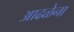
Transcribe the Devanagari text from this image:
आढळेना